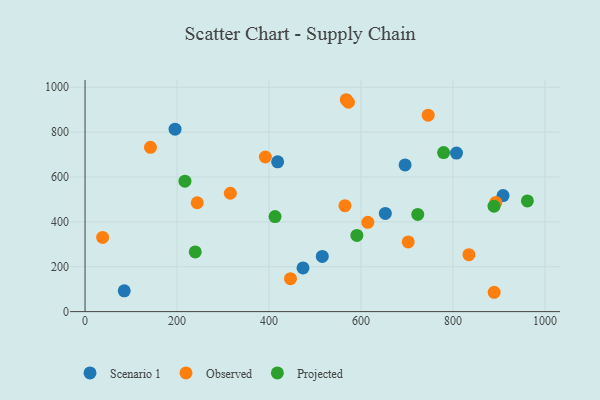
{"axis": {"x": "Investment", "y": "Salary"}, "legend": ["Observed", "Projected", "Scenario 1"], "data": [{"x": "515.9", "y": 245.8, "type": "Scenario 1"}, {"x": "696.0", "y": 653.8, "type": "Scenario 1"}, {"x": "474.0", "y": 194.7, "type": "Scenario 1"}, {"x": "418.8", "y": 667.8, "type": "Scenario 1"}, {"x": "909.0", "y": 517.1, "type": "Scenario 1"}, {"x": "85.2", "y": 92.7, "type": "Scenario 1"}, {"x": "195.7", "y": 813.4, "type": "Scenario 1"}, {"x": "807.8", "y": 706.5, "type": "Scenario 1"}, {"x": "653.0", "y": 437.9, "type": "Scenario 1"}, {"x": "889.7", "y": 86.2, "type": "Observed"}, {"x": "142.2", "y": 732.2, "type": "Observed"}, {"x": "893.2", "y": 486.6, "type": "Observed"}, {"x": "243.9", "y": 485.3, "type": "Observed"}, {"x": "614.9", "y": 397.9, "type": "Observed"}, {"x": "565.2", "y": 472.2, "type": "Observed"}, {"x": "572.8", "y": 933.3, "type": "Observed"}, {"x": "746.2", "y": 875.8, "type": "Observed"}, {"x": "392.1", "y": 689.1, "type": "Observed"}, {"x": "702.7", "y": 310.5, "type": "Observed"}, {"x": "315.9", "y": 527.7, "type": "Observed"}, {"x": "446.7", "y": 146.9, "type": "Observed"}, {"x": "834.8", "y": 253.8, "type": "Observed"}, {"x": "567.9", "y": 944.5, "type": "Observed"}, {"x": "38.2", "y": 330.8, "type": "Observed"}, {"x": "239.6", "y": 266.1, "type": "Projected"}, {"x": "217.2", "y": 581.6, "type": "Projected"}, {"x": "723.5", "y": 433.4, "type": "Projected"}, {"x": "779.7", "y": 708.8, "type": "Projected"}, {"x": "961.9", "y": 493.5, "type": "Projected"}, {"x": "413.2", "y": 423.6, "type": "Projected"}, {"x": "889.4", "y": 470.0, "type": "Projected"}, {"x": "591.1", "y": 339.8, "type": "Projected"}]}